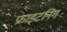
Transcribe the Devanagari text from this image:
फ्राइटनिंग